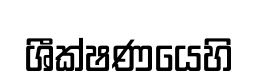
ශීක්ෂණයෙහි